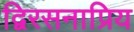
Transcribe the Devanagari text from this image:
द्विरसनाप्रिय